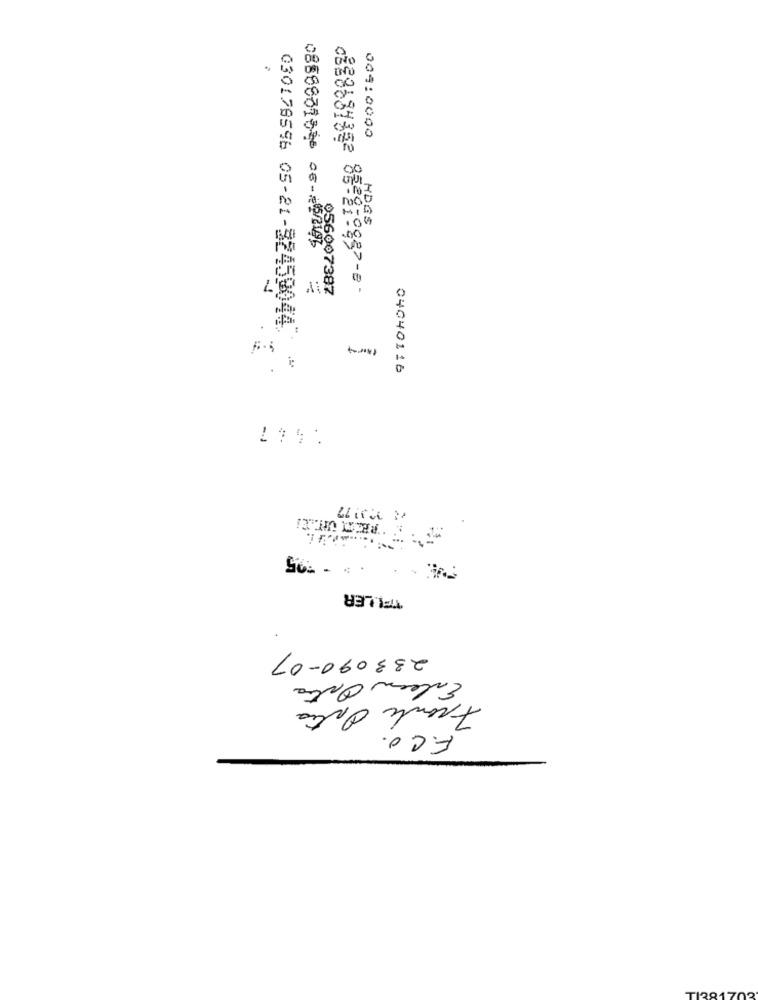
009:0000
HOGS
0886861828 06-75243
056007387
c828681352 8,22:0887-8 -
0301785%6 05-21-82450044
-
.
04040116
-
S ........
TI.LER
233090-07
Entern Ostra
France Ostia
F.CO.